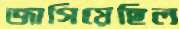
জাগিয়েছিল